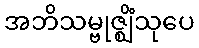
အဘိသမ္ဗုဇ္ဈိံသုပေ